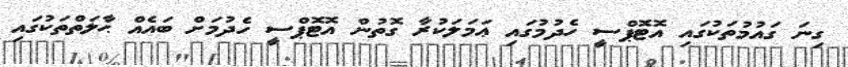
ގިނަ ގައުމުތަކުގައި އޮޓޮޕްސީ ހެދުމުގައި ޢަމަލަކުރާ ގޮތުން އޮޓޮޕްސީ ހެދުމަށް ބައެއް ޙާލަތްތަކުގައި